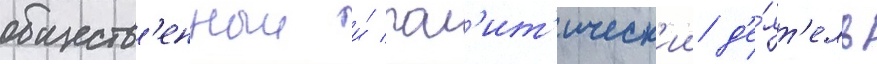
обществ'енныи и́ пол'ит'ическ'ии д'е́ят'ель